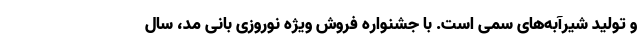
و تولید شیرآبه‌های سمی است. با جشنواره فروش ویژه نوروزی بانی مد، سال